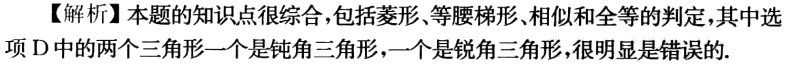
【解析】本题的知识点很综合，包括菱形、等腰梯形、相似和全等的判定，其中选项 D 中的两个三角形一个是钝角三角形，一个是锐角三角形，很明显是错误的.